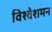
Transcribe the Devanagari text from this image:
विश्वेशमन